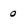
Character: 0